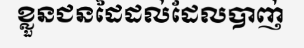
ខ្លួនជនដៃដល់ដែលបាញ់